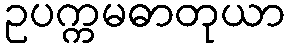
ဥပက္ကမဓာတုယာ